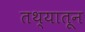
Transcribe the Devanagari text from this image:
तथ्यातून